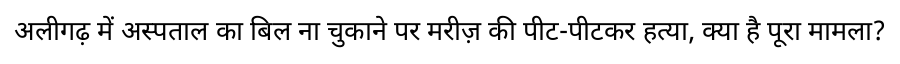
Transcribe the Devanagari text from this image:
अलीगढ़ में अस्पताल का बिल ना चुकाने पर मरीज़ की पीट-पीटकर हत्या, क्या है पूरा मामला?